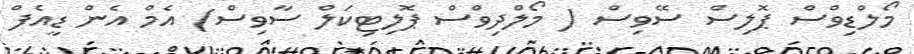
މޯލްޑިވްސް ޕޮލިސް ސޭވިސް ( މޯލްދިވްސް ޕޮލިޓިކަލް ސާވިސް) އެމް އެން ޑީއެފް